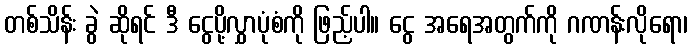
တစ်သိန်း ခွဲ ဆိုရင် ဒီ ငွေပို့လွှာပုံစံကို ဖြည့်ပါ။ ငွေ အရေအတွက်ကို ဂဏန်းလိုရော၊